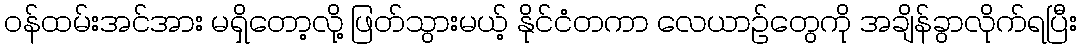
ဝန်ထမ်းအင်အား မရှိတော့လို့ ဖြတ်သွားမယ့် နိုင်ငံတကာ လေယာဉ်တွေကို အချိန်ခွာလိုက်ရပြီး